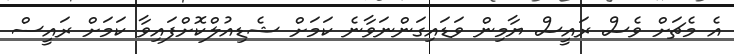
އެ މެޗަށް ވެސް ރައީސް ޔާމިން ވަޑައިގަންނަވާނެ ކަމަށް ޝެޑިއުލްކޮށްފައިވާ ކަމަށް ރައީސް